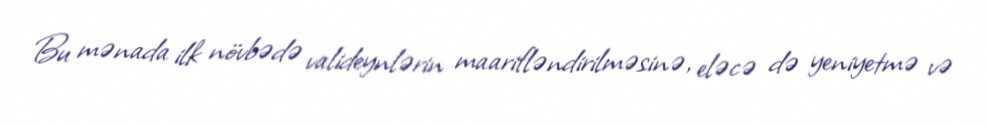
Bu mənada ilk növbədə valideynlərin maarifləndirilməsinə, eləcə də yeniyetmə və